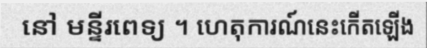
នៅ មន្ទីរពេទ្យ ។ ហេតុការណ៍នេះកើតឡើង